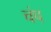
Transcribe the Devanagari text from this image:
चंप